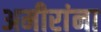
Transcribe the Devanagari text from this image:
अमीरांना